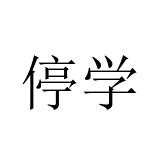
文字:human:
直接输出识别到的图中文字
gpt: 停学